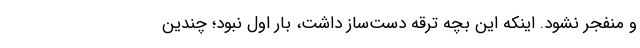
و منفجر نشود. اینکه این بچه ترقه دست‌ساز داشت، بار اول نبود؛ چندین